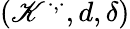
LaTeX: (\mathscr{K}^{\cdot,\cdot},d,\delta)